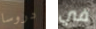
دروسا في